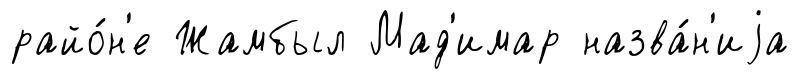
райо́н'е Жамбыл Мад'имар назва́н'иjа